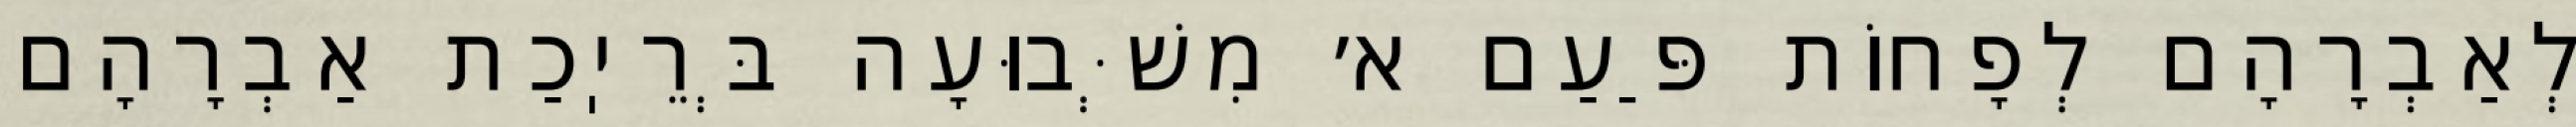
לְאַבְרָהָם לְפָחוֹת פַּעַם א׳ מִשְּׁבוּעָה בְּרֵיֽכַת אַבְרָהָם